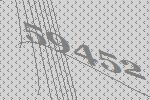
59452